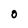
Character: 0